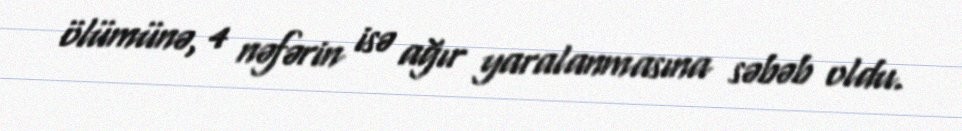
ölümünə, 4 nəfərin isə ağır yaralanmasına səbəb oldu.